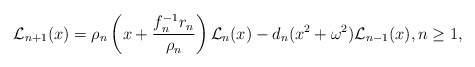
\begin{align*}\mathcal{L}_{n+1}(x)=\rho_n\left(x+\dfrac{f_n^{-1}r_n}{\rho_n}\right)\mathcal{L}_n(x)-d_n(x^2+\omega^2)\mathcal{L}_{n-1}(x), n\geq 1,\end{align*}